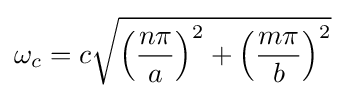
\omega _{c}=c{\sqrt {\left({\frac {n\pi }{a}}\right)^{2}+\left({\frac {m\pi }{b}}\right)^{2}}}